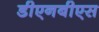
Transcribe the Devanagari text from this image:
डीएनबीएस